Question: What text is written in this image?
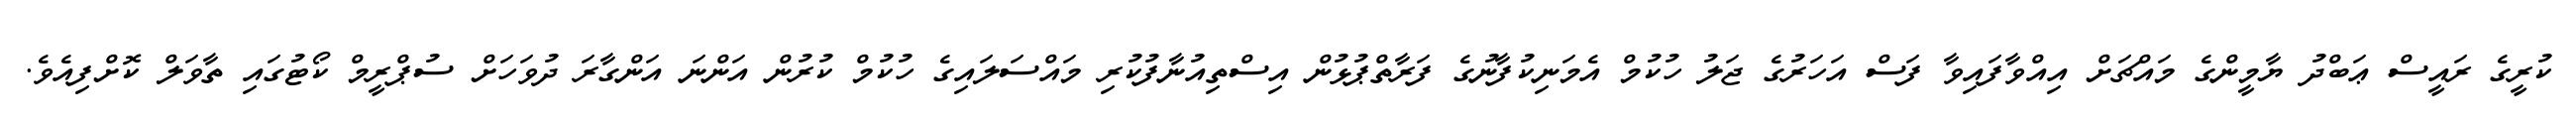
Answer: ކުރީގެ ރައީސް ޢަބްދު ޔާމީންގެ މައްޗަށް އިއްވާފައިވާ ފަސް އަހަރުގެ ޖަލު ހުކުމް އެމަނިކުފާނުގެ ފަރާތްޕުޅުން އިސްތިއުނާފުކުރި މައްސަލައިގެ ހުކުމް ކުރުން އަންނަ އަންގާރަ ދުވަހަށް ސުޕްރީމް ކޯޓުގައި ތާވަލް ކޮށްފިއެވެ.